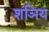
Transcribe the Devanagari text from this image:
शञिय